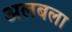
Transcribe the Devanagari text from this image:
अलबला